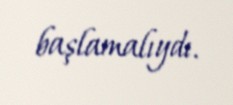
başlamalıydı.